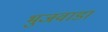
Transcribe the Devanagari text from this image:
भुजवाडा